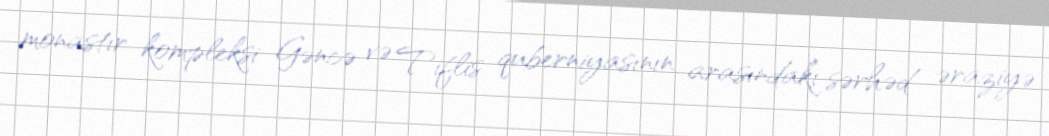
monastır kompleksi Gəncə və Tiflis quberniyasının arasındakı sərhəd əraziyə